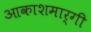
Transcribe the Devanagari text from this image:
आकाशमार्गी